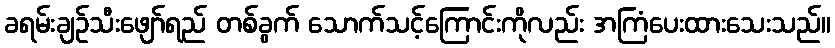
ခရမ်းချဉ်သီးဖျော်ရည် တစ်ခွက် သောက်သင့်ကြောင်းကိုလည်း အကြံပေးထားသေးသည်။